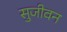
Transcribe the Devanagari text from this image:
सुजीवन